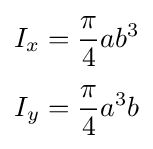
{\begin{aligned}I_{x}&={\frac {\pi }{4}}ab^{3}\\[3pt]I_{y}&={\frac {\pi }{4}}a^{3}b\end{aligned}}